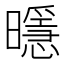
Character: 𭨄